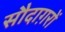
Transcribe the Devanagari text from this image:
सौदाग़रों